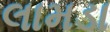
લામડા